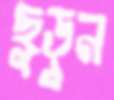
ছুড়ুন